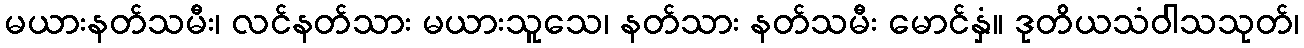
မယားနတ်သမီး၊ လင်နတ်သား မယားသူသေ၊ နတ်သား နတ်သမီး မောင်နှံ။ ဒုတိယသံဝါသသုတ်၊